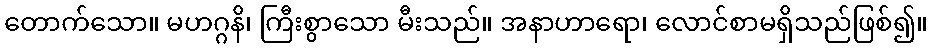
တောက်သော။ မဟဂ္ဂနိ၊ ကြီးစွာသော မီးသည်။ အနာဟာရော၊ လောင်စာမရှိသည်ဖြစ်၍။